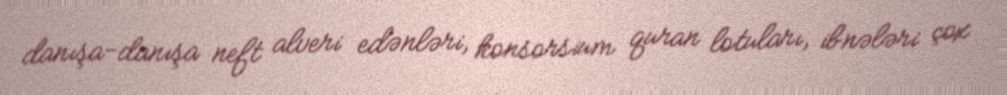
danışa-danışa neft alveri edənləri, konsorsium quran lotuları, ibnələri çox